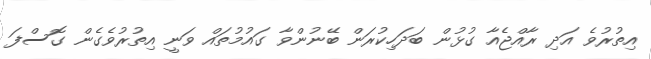
އިތުރުވެ އަދި ރާއްޖެއާ ގުޅުން ބަދަހިކުރަން ބޭނުންވާ ގައުމުތައް ވަނީ އިތުރުވެގެން ގޮސްފަ